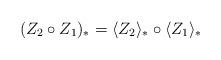
LaTeX: \begin{align*}(Z_2\circ Z_1)_\ast=\langle Z_2\rangle _\ast\circ \langle Z_1\rangle _\ast\end{align*}